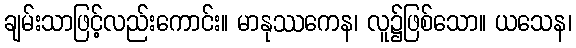
ချမ်းသာဖြင့်လည်းကောင်း။ မာနုဿကေန၊ လူ၌ဖြစ်သော။ ယသေန၊